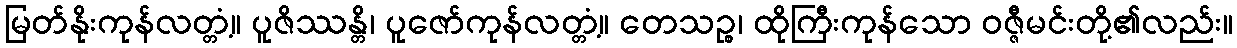
မြတ်နိုးကုန်လတ္တံ့။ ပူဇိဿန္တိ၊ ပူဇော်ကုန်လတ္တံ့။ တေသဉ္စ၊ ထိုကြီးကုန်သော ဝဇ္ဇီမင်းတို့၏လည်း။